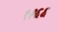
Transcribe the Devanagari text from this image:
९१६६